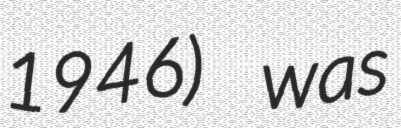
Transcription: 1946) was